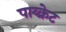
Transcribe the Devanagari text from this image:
पाय्क्रेट